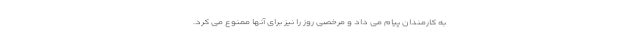
به کارمندان پیام می داد و مرخصی روز را نیز برای آنها ممنوع می کرد.